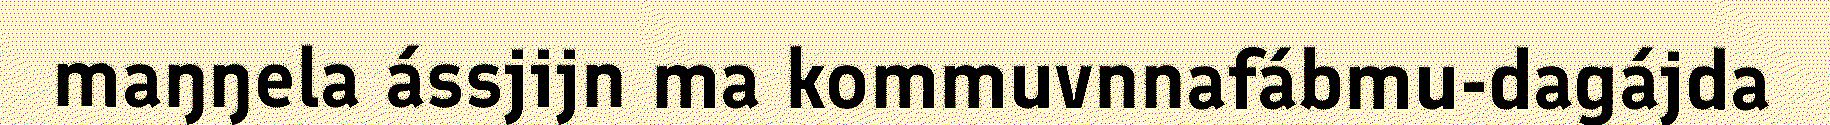
maŋŋela ássjijn ma kommuvnnafábmu-dagájda